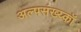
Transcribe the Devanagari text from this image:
अल्पसंख्य्कॉ